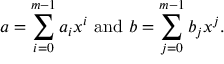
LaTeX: a = \sum _ { i = 0 } ^ { m - 1 } { a _ { i } x ^ { i } } { \mathrm { ~ a n d ~ } } b = \sum _ { j = 0 } ^ { m - 1 } { b _ { j } x ^ { j } } .